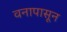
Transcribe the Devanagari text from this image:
वनापासून